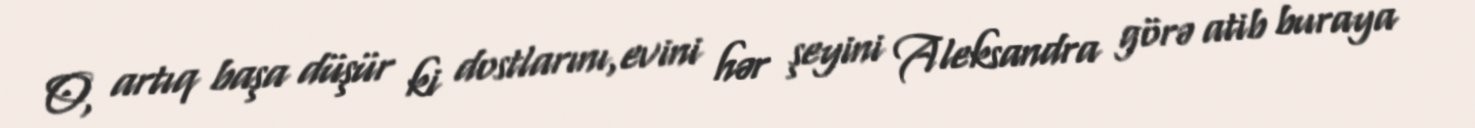
O, artıq başa düşür ki dostlarını,evini hər şeyini Aleksandra görə atib buraya